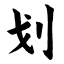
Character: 划